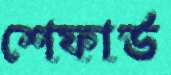
শেফার্ড